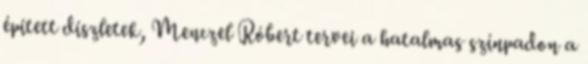
épített díszletek, Menczel Róbert tervei a hatalmas színpadon a